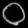
Digit: ၀